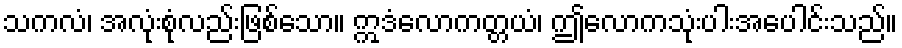
သကလံ၊ အလုံးစုံလည်းဖြစ်သော။ ဣဒံလောကတ္တယံ၊ ဤလောကသုံးပါးအပေါင်းသည်။